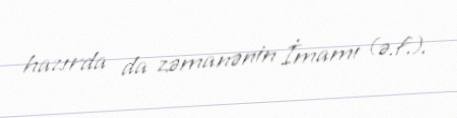
hazırda da zəmanənin İmamı (ə.f.).